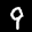
Label: 9